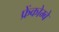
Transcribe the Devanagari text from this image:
फ्रेंकोम्बे